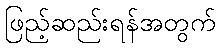
ဖြည့်ဆည်းရန်အတွက်